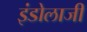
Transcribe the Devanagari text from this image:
इंडोलाजी